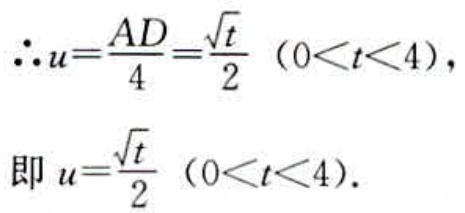
\(\therefore u=\frac{AD}{4}=\frac{\sqrt{t}}{2}\ (0<t<4)\)，
即 \(u=\frac{\sqrt{t}}{2}\ (0<t<4)\).